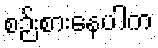
စဉ်းစားနေပါက